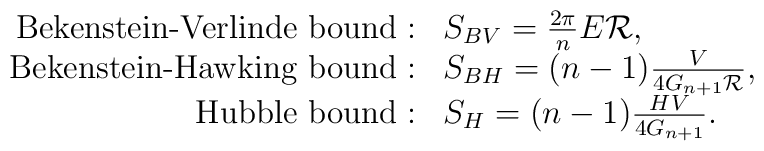
\begin{array}{rl}\mbox{Bekenstein-Verlinde bound}: &S_{ BV}=\frac{2\pi}{n}E {\cal R}, \\\mbox{Bekenstein-Hawking bound}: &S_{ BH}=(n-1)\frac{V}{4G_{n+1}{\cal R}}, \\\mbox{Hubble  bound}: &S_{ H}=(n-1)\frac{HV}{4G_{n+1}}.\end{array}